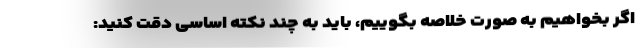
اگر بخواهیم به صورت خلاصه بگوییم، باید به چند نکته اساسی دقت کنید: